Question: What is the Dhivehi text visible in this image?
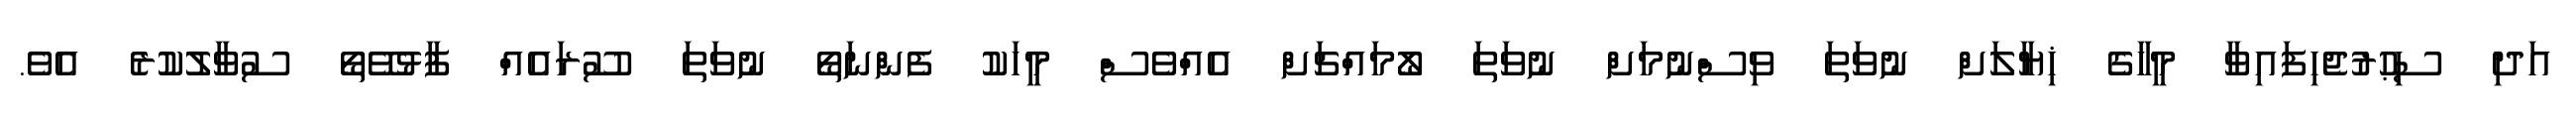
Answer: އަދި ސިޙުރުޖެހިފައިވާ މީހާގެ ޚިޔާލަށް ނުވަތަ ވިސްނުމަށް ނުވަތަ ލޯމައްޗަށް އެއްވެސް މީހަކު ފެންނަތޯ ނުވަތަ ސޫރައެއް ފާޅުވޭތޯ ސުވާލުކުރެ އެވެ.